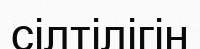
сілтілігін